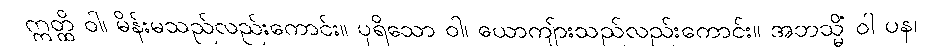
ဣတ္ထိ ဝါ၊ မိန်းမသည်လည်းကောင်း။ ပုရိသော ဝါ၊ ယောကျ်ားသည်လည်းကောင်း။ အဘသ္မိံ ဝါ ပန၊